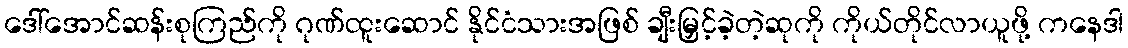
ဒေါ်အောင်ဆန်းစုကြည်ကို ဂုဏ်ထူးဆောင် နိုင်ငံသားအဖြစ် ချီးမြှင့်ခဲ့တဲ့ဆုကို ကိုယ်တိုင်လာယူဖို့ ကနေဒါ